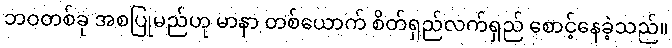
ဘဝတစ်ခု အစပြုမည်ဟု မာနာ တစ်ယောက် စိတ်ရှည်လက်ရှည် စောင့်နေခဲ့သည်။